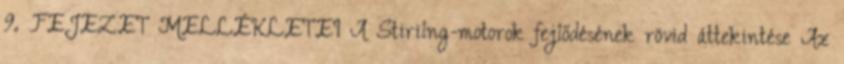
9. FEJEZET MELLÉKLETEI A Stirilng-motorok fejlődésének rövid áttekintése Az